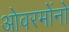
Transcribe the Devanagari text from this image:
ओवरमोंनो